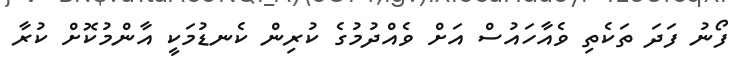
ފޯނު ފަދަ ތަކެތި ވެއާހައުސް އަށް ވެއްދުމުގެ ކުރިން ކެނޑުމަކީ އާންމުކޮށް ކުރާ